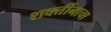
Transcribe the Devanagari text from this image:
शक्तींनाचा